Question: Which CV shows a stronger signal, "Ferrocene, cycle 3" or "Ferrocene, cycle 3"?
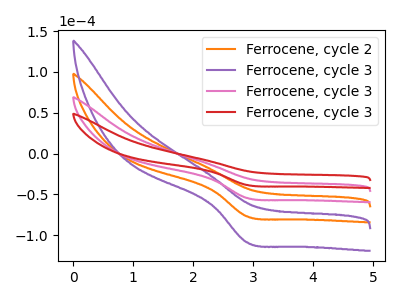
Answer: <think>The orange curve "Ferrocene, cycle 2" has a cathodic peak at: (2.90V, -108.45uA). The purple curve "Ferrocene, cycle 3" has a cathodic peak at: (2.90V, -162.65uA). The pink curve "Ferrocene, cycle 3" has a cathodic peak at: (2.90V, -54.20uA). The red curve "Ferrocene, cycle 3" has a cathodic peak at: (2.90V, -38.30uA).
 All the peaks in "Ferrocene, cycle 3" have a peak in "Ferrocene, cycle 3" at the same potential. Every peak in "Ferrocene, cycle 3" is lower than every peak in "Ferrocene, cycle 3".</think>
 <answer>"Ferrocene, cycle 3" has less signal than "Ferrocene, cycle 3".</answer>
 <eval>less_signal</eval>